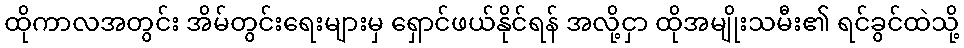
ထိုကာလအတွင်း အိမ်တွင်းရေးများမှ ရှောင်ဖယ်နိုင်ရန် အလို့ငှာ ထိုအမျိုးသမီး၏ ရင်ခွင်ထဲသို့